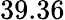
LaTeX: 39.36